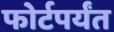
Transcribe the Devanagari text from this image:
फोर्टपर्यंत